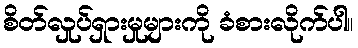
စိတ်လှုပ်ရှားမှုများကို ခံစားလိုက်ပါ။